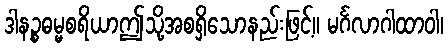
ဒါနဉ္စဓမ္မစရိယာဤသို့အစရှိသောနည်းဖြင့်။ မင်္ဂလာဂါထာဝါ၊